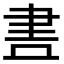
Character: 𮌃